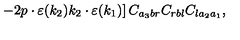
\left. - 2 p \cdot \varepsilon ( k _ { 2 } ) k _ { 2 } \cdot \varepsilon ( k _ { 1 } ) \right] C _ { a _ { 3 } b r } C _ { r b l } C _ { l a _ { 2 } a _ { 1 } } ,